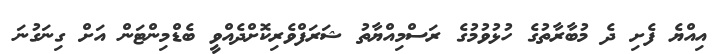
އިއްޔެ ފެށި ދެ މުބާރާތުގެ ހުޅުވުމުގެ ރަސްމިއްޔާތު ޝަރަފްވެރިކޮށްދެއްވީ ބެޑްމިންޓަން އަށް ގިނަގުނަ